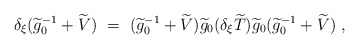
\begin{align*}\delta_{\xi}(\widetilde g_0^{-1}+\widetilde V)\ =\ (\widetilde g_0^{-1}+\widetilde V)\widetilde g_0(\delta_{\xi} \widetilde T)\widetilde g_0(\widetilde g_0^{-1}+\widetilde V)\ ,\end{align*}